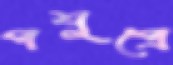
পশুপ্রে